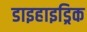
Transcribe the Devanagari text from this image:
डाइहाइड्रिक